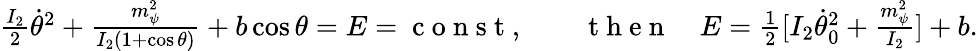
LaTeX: \begin{array}{r}{\frac{I_{2}}{2}\dot{\theta}^{2}+\frac{m_{\psi}^{2}}{I_{2}(1+\cos\theta)}+b\cos\theta=E=\mathrm{~c~o~n~s~t~},\qquad\mathrm{~t~h~e~n~}\quad E=\frac 12[I_{2}\dot{\theta}_{0}^{2}+\frac{m_{\psi}^{2}}{I_{2}}]+b.}\end{array}